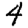
Digit: 4